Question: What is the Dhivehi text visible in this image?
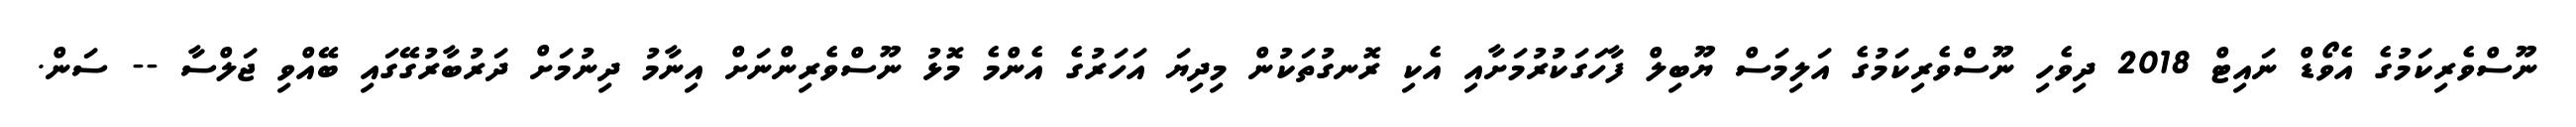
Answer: ނޫސްވެރިކަމުގެ އެވޯޑް ނައިޓް 2018 ދިވެހި ނޫސްވެރިކަމުގެ އަލިމަސް ޔޫބިލް ފާހަގަކުރުމަށާއި އެކި ރޮނގުތަކުން މިދިޔަ އަހަރުގެ އެންމެ މޮޅު ނޫސްވެރިންނަށް އިނާމު ދިނުމަށް ދަރުބާރުގޭގައި ބޭއްވި ޖަލްސާ -- ސަން.